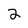
Character: 3